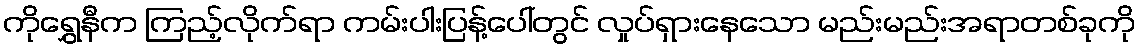
ကိုရွှေနီက ကြည့်လိုက်ရာ ကမ်းပါးပြန့်ပေါ်တွင် လှုပ်ရှားနေသော မည်းမည်းအရာတစ်ခုကို